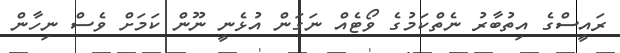
ރައީސްގެ އިތުބާރު ނެތްކަމުގެ ވޯޓެއް ނަގަން އުޅެނީ ނޫން ކަމަށް ވެސް ނިހާން